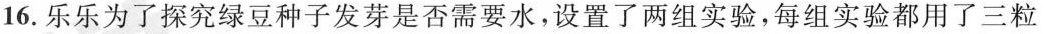
16.乐乐为了探究绿豆种子发芽是否需要水，设置了两组实验，每组实验都用了三粒